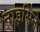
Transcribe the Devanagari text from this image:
नाइसिने